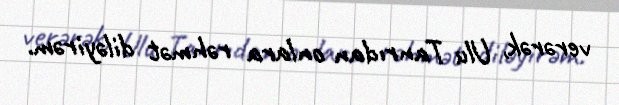
verərək, Ulu Tanrıdan onlara rəhmət diləyirəm.